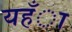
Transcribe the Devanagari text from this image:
यहँा